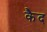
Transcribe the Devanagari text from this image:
कैेद